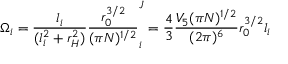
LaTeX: \Omega _ { i } = \frac { l _ { i } } { ( l _ { i } ^ { 2 } + r _ { H } ^ { 2 } ) } \frac { r _ { 0 } ^ { 3 / 2 } } { ( \pi N ) ^ { 1 / 2 } } \sp J _ { i } = \frac { 4 } { 3 } \frac { V _ { 5 } ( \pi N ) ^ { 1 / 2 } } { ( 2 \pi ) ^ { 6 } } r _ { 0 } ^ { 3 / 2 } l _ { i }